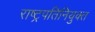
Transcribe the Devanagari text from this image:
राष्ट्रपतिनियुक्त